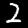
Label: 2